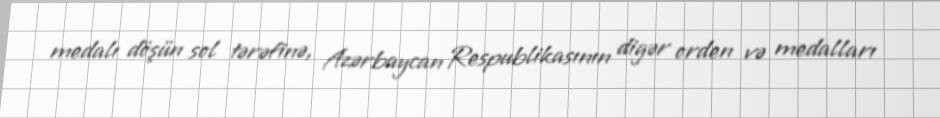
medalı döşün sol tərəfinə, Azərbaycan Respublikasının digər orden və medalları